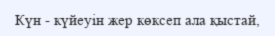
Күн - күйеуін жер көксеп ала қыстай,